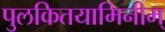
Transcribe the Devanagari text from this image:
पुलकितयामिनीम्